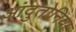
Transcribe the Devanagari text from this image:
आंदुतोनिया